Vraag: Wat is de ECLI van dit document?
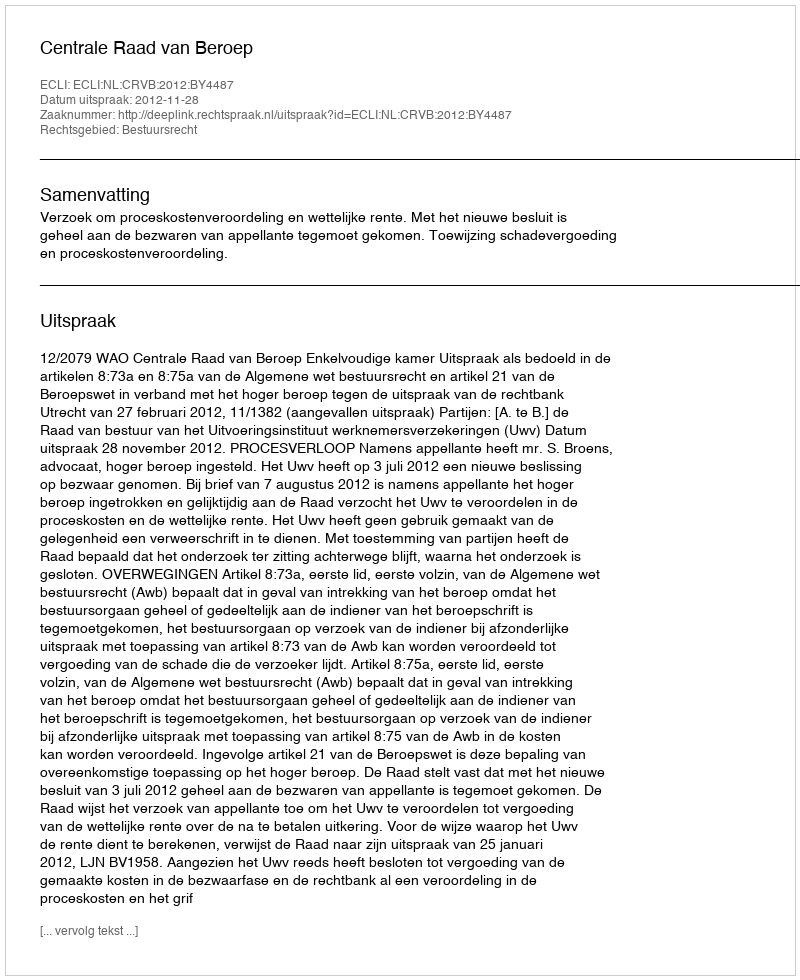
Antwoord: ECLI:NL:CRVB:2012:BY4487